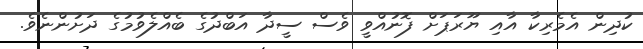
ކުދިން އެމެރިކާ އާއި ޔޫރަޕަށް ފޮނުއްވީ ވެސް ސީދާ އަބްދުގެ ބެއްލެވުމުގެ ދަށުންނެވެ.